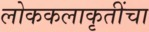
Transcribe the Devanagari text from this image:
लोककलाकृतींचा